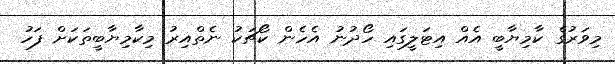
މިވަރުގެ ކާމިޔާބީ އެއް އިޓަލީގައި ހޯދުނު އެހެން ކޯޗަކު ނެތްއިރު މިކާމިޔާބީތަކަށް ފަހު